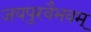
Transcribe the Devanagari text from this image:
जयपुरवैभवम्